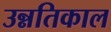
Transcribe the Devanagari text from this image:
उन्नतिकाल